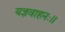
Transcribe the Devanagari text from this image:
यज्ञवाहनः।।